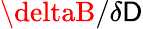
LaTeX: \deltaB/\delta\mathsf{D}